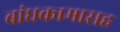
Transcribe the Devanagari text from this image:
बांधकामासह